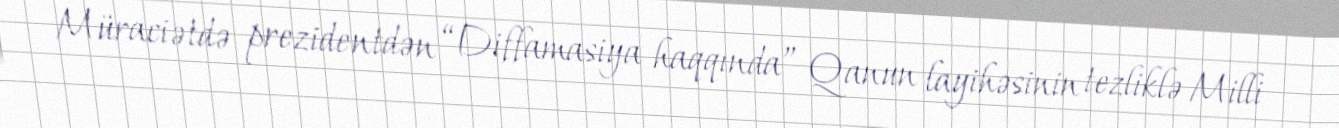
Müraciətdə prezidentdən “Diffamasiya haqqında” Qanun layihəsinin tezliklə Milli